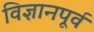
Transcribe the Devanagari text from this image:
विज्ञानपूर्व